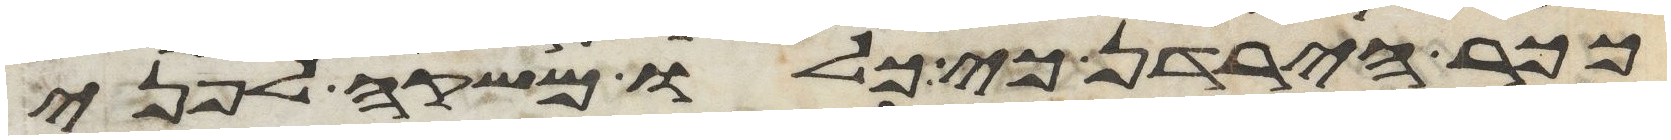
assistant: ככר הירדן כי כלו משקה לפני